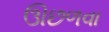
ઊછળવા